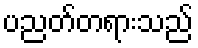
ပညတ်တရားသည်